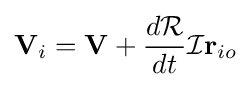
\mathbf {V} _{i}=\mathbf {V} +{\frac {d{\mathcal {R}}}{dt}}{\mathcal {I}}\mathbf {r} _{io}